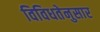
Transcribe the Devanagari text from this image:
विविधतेनुसार